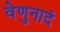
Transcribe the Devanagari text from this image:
वेणुनादं